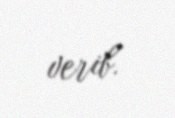
verib.